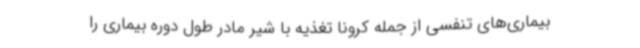
بیماری‌های تنفسی از جمله کرونا تغذیه با شیر مادر طول دوره بیماری را